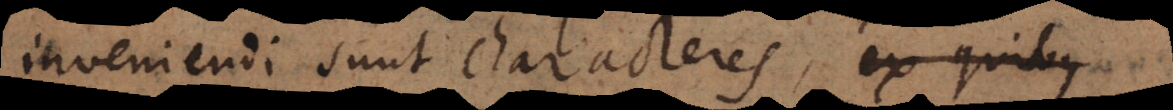
inveniendi sunt characteres, ex quibus